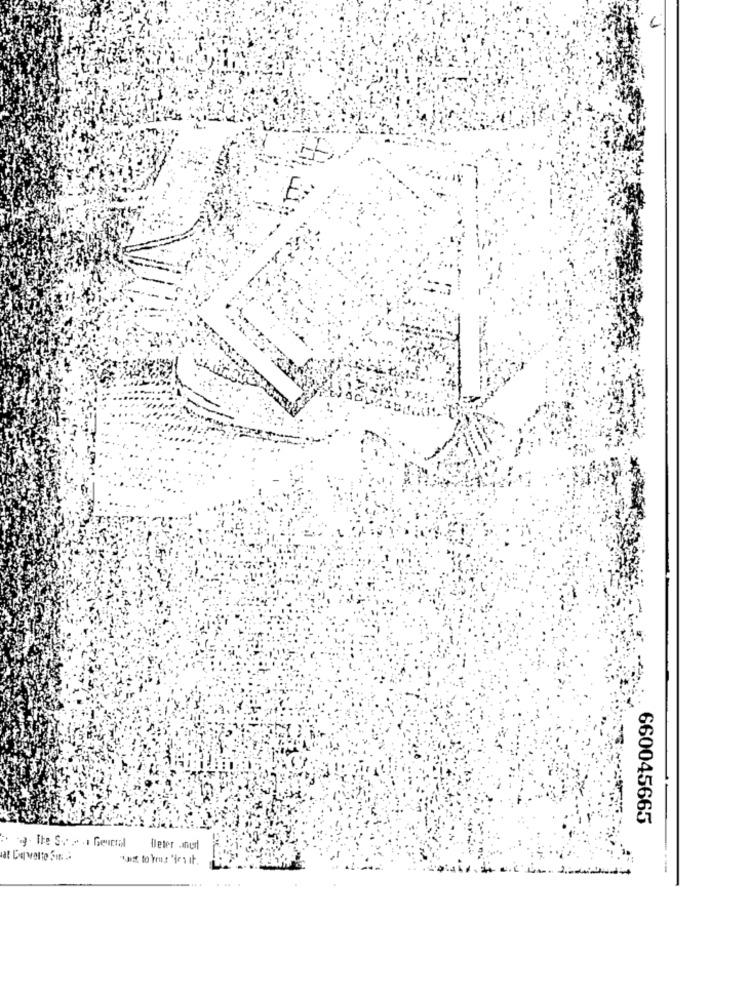
660045665
Deter .Inurl